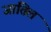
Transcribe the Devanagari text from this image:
जातिल